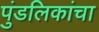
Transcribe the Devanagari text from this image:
पुंडलिकांचा